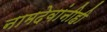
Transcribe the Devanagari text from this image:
नामदेवांनीही